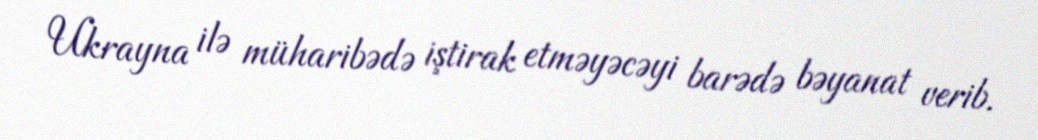
Ukrayna ilə müharibədə iştirak etməyəcəyi barədə bəyanat verib.